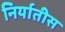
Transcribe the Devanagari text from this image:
निर्यातीस